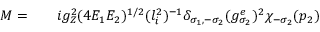
\begin{array} { r l r } { { \cal M } = } & { { } } & { i g _ { Z } ^ { 2 } ( 4 E _ { 1 } E _ { 2 } ) ^ { 1 / 2 } ( l _ { i } ^ { 2 } ) ^ { - 1 } \delta _ { \sigma _ { 1 } , - \sigma _ { 2 } } ( g _ { \sigma _ { 2 } } ^ { e } ) ^ { 2 } \chi _ { - \sigma _ { 2 } } ( p _ { 2 } ) } \end{array}